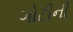
ગોટીની